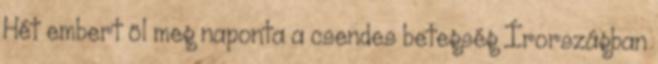
Hét embert öl meg naponta a csendes betegség Írországban